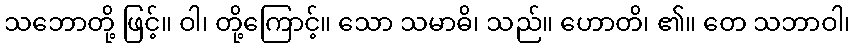
သဘောတို့ ဖြင့်။ ဝါ၊ တို့ကြောင့်။ သော သမာဓိ၊ သည်။ ဟောတိ၊ ၏။ တေ သဘာဝါ၊